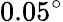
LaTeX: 0.05^{\circ}